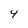
Character: 4